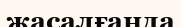
жасалғанда